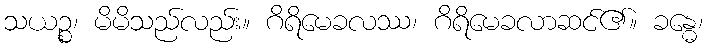
သယဉ္စ၊ မိမိသည်လည်း။ ဂိရိမေခလဿ၊ ဂိရိမေခလာဆင်၏။ ခန္ဓေ၊